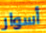
أسوار